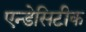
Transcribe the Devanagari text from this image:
एन्डेसिटीक